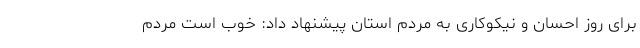
برای روز احسان و نیکوکاری به مردم استان پیشنهاد داد: خوب است مردم